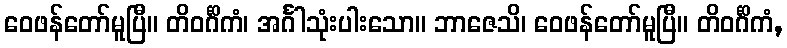
ဝေဖန်တော်မူပြီ။ တိဝင်္ဂိကံ၊ အင်္ဂါသုံးပါးသော။ ဘာဇေသိ၊ ဝေဖန်တော်မူပြီ။ တိဝင်္ဂိကံ,